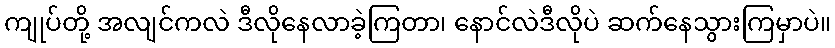
ကျုပ်တို့ အလျင်ကလဲ ဒီလိုနေလာခဲ့ကြတာ၊ နောင်လဲဒီလိုပဲ ဆက်နေသွားကြမှာပဲ။